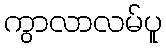
ကွာလာလမ်ပူ